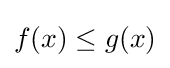
f(x)\leq g(x)